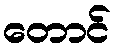
တောင်